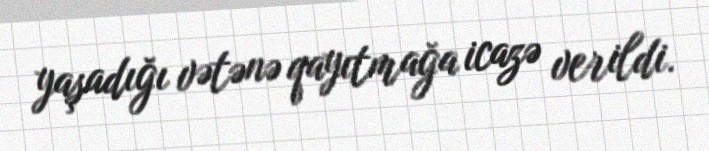
yaşadığı vətənə qayıtmağa icazə verildi.